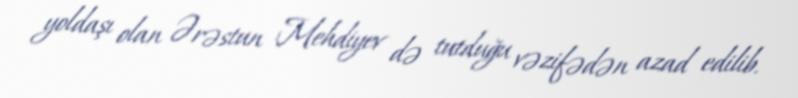
yoldaşı olan Ərəstun Mehdiyev də tutduğu vəzifədən azad edilib.